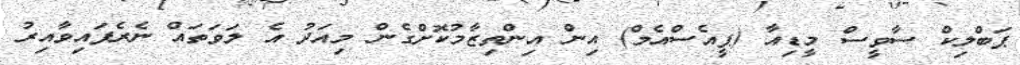
ޕަބްލިކް ސާވީސް މީޑިއާ (ޕީއެސްއެމް) އިން އިންތިޒާމުކޮށްގެން މިއަދު އެ ލަވަތައް ނެރެފައިވާއިރު